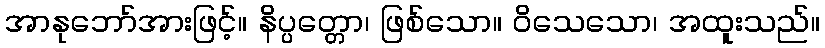
အာနုဘော်အားဖြင့်။ နိပ္ပတ္တော၊ ဖြစ်သော။ ဝိသေသော၊ အထူးသည်။